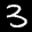
Label: 3